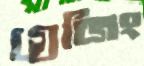
গ্রেজিং